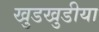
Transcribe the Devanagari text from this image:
खुडखुडीया